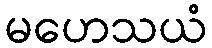
မဟေသယံ